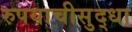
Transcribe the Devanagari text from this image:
रुपयाचीसुद्धा